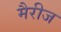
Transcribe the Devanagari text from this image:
मैरीज